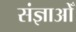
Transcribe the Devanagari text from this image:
संज्ञाओँ